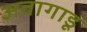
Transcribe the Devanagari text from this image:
अतागाडू